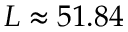
L \approx 5 1 . 8 4